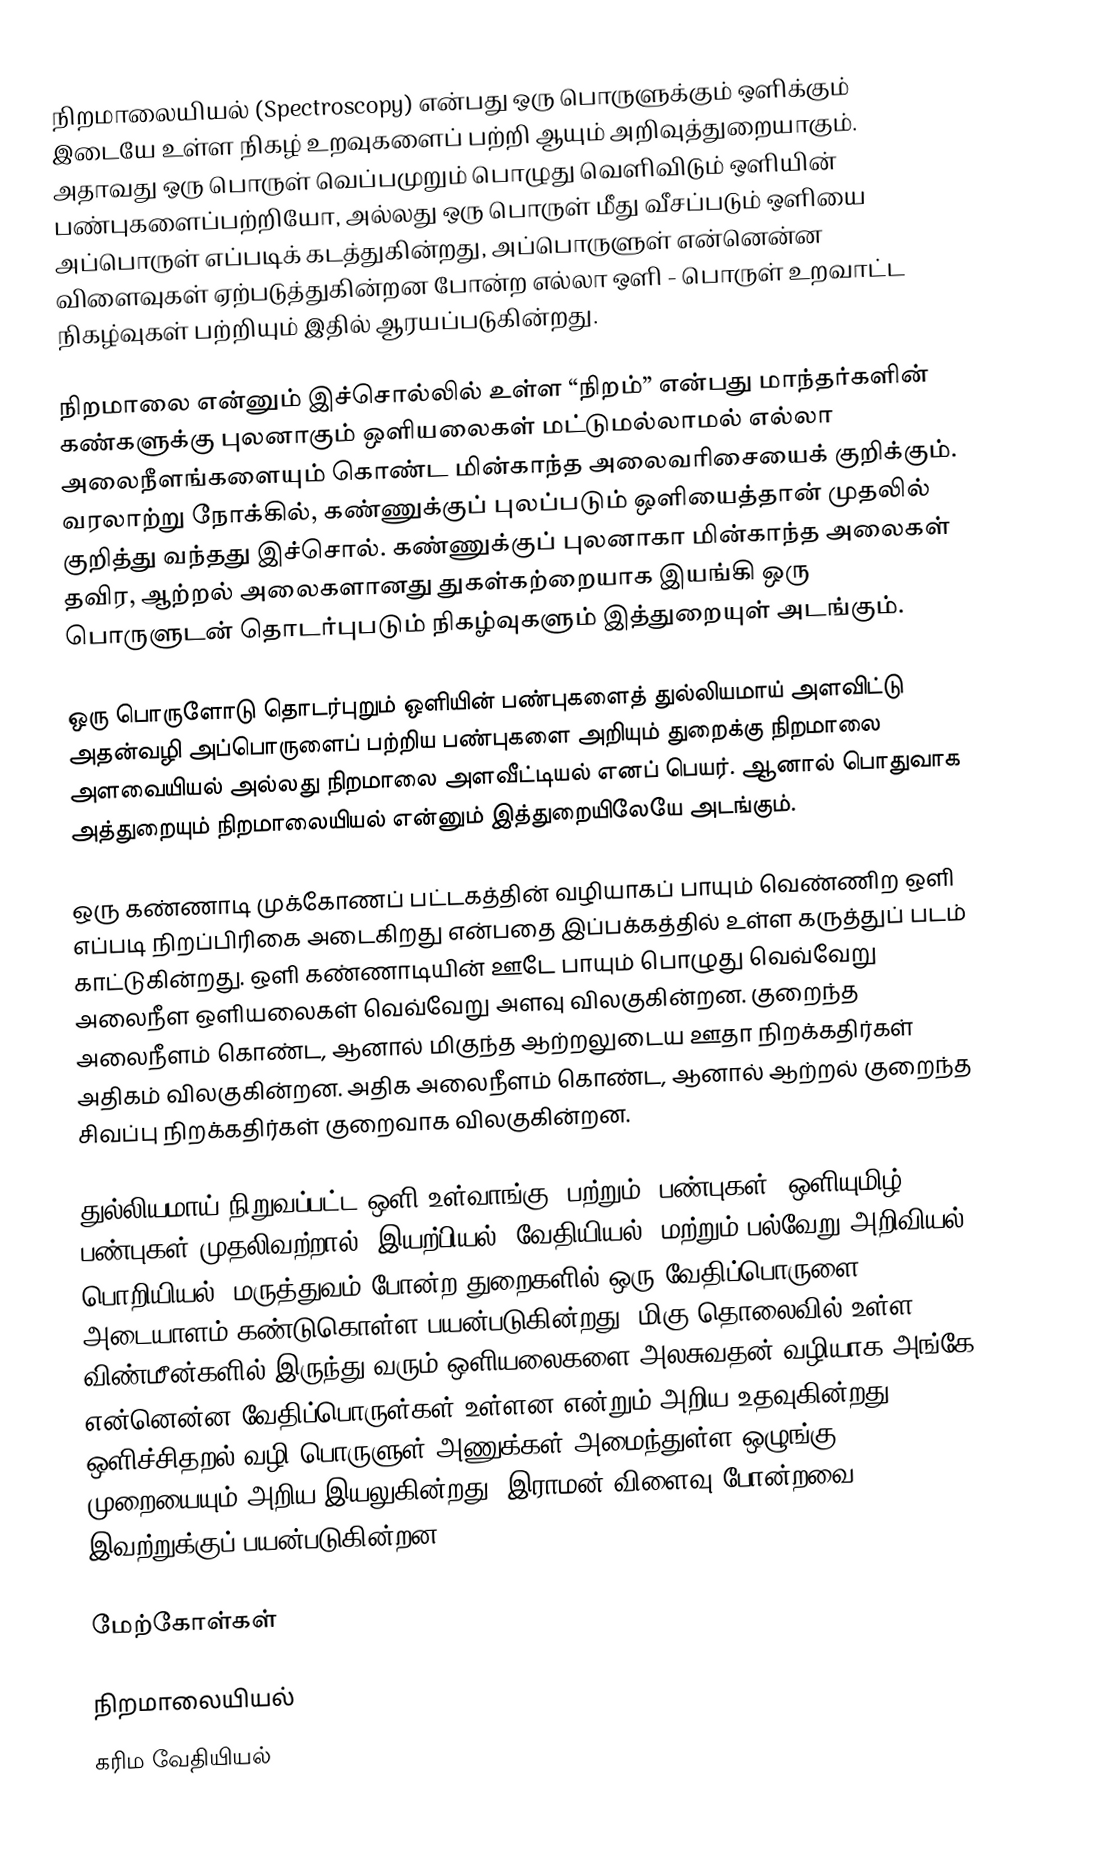
நிறமாலையியல் (Spectroscopy) என்பது ஒரு பொருளுக்கும் ஒளிக்கும் இடையே உள்ள நிகழ் உறவுகளைப் பற்றி ஆயும் அறிவுத்துறையாகும். அதாவது ஒரு பொருள் வெப்பமுறும் பொழுது வெளிவிடும் ஒளியின் பண்புகளைப்பற்றியோ, அல்லது ஒரு பொருள் மீது வீசப்படும் ஒளியை அப்பொருள் எப்படிக் கடத்துகின்றது, அப்பொருளுள் என்னென்ன விளைவுகள் ஏற்படுத்துகின்றன போன்ற எல்லா ஒளி - பொருள் உறவாட்ட நிகழ்வுகள் பற்றியும் இதில் ஆரயப்படுகின்றது.

நிறமாலை என்னும் இச்சொல்லில் உள்ள “நிறம்” என்பது மாந்தர்களின் கண்களுக்கு புலனாகும் ஒளியலைகள் மட்டுமல்லாமல் எல்லா அலைநீளங்களையும் கொண்ட மின்காந்த அலைவரிசையைக் குறிக்கும். வரலாற்று நோக்கில், கண்ணுக்குப் புலப்படும் ஒளியைத்தான் முதலில் குறித்து வந்தது இச்சொல். கண்ணுக்குப் புலனாகா மின்காந்த அலைகள் தவிர, ஆற்றல் அலைகளானது துகள்கற்றையாக இயங்கி ஒரு பொருளுடன் தொடர்புபடும் நிகழ்வுகளும் இத்துறையுள் அடங்கும்.

ஒரு பொருளோடு தொடர்புறும் ஒளியின் பண்புகளைத் துல்லியமாய் அளவிட்டு அதன்வழி அப்பொருளைப் பற்றிய பண்புகளை அறியும் துறைக்கு நிறமாலை அளவையியல் அல்லது நிறமாலை அளவீட்டியல் எனப் பெயர். ஆனால் பொதுவாக அத்துறையும் நிறமாலையியல் என்னும் இத்துறையிலேயே அடங்கும்.

ஒரு கண்ணாடி முக்கோணப் பட்டகத்தின் வழியாகப் பாயும் வெண்ணிற ஒளி எப்படி நிறப்பிரிகை அடைகிறது என்பதை இப்பக்கத்தில் உள்ள கருத்துப் படம் காட்டுகின்றது. ஒளி கண்ணாடியின் ஊடே பாயும் பொழுது வெவ்வேறு அலைநீள ஒளியலைகள் வெவ்வேறு அளவு விலகுகின்றன. குறைந்த அலைநீளம் கொண்ட, ஆனால் மிகுந்த ஆற்றலுடைய ஊதா நிறக்கதிர்கள் அதிகம் விலகுகின்றன. அதிக அலைநீளம் கொண்ட, ஆனால் ஆற்றல் குறைந்த சிவப்பு நிறக்கதிர்கள் குறைவாக விலகுகின்றன.

துல்லியமாய் நிறுவப்பட்ட ஒளி உள்வாங்கு (பற்றும்) பண்புகள், ஒளியுமிழ் பண்புகள் முதலிவற்றால், இயற்பியல், வேதியியல், மற்றும் பல்வேறு அறிவியல், பொறியியல், மருத்துவம் போன்ற துறைகளில் ஒரு வேதிப்பொருளை அடையாளம் கண்டுகொள்ள பயன்படுகின்றது. மிகு தொலைவில் உள்ள விண்மீன்களில் இருந்து வரும் ஒளியலைகளை அலசுவதன் வழியாக அங்கே என்னென்ன வேதிப்பொருள்கள் உள்ளன என்றும் அறிய உதவுகின்றது. ஒளிச்சிதறல் வழி பொருளுள் அணுக்கள் அமைந்துள்ள ஒழுங்கு முறையையும் அறிய இயலுகின்றது. இராமன் விளைவு போன்றவை இவற்றுக்குப் பயன்படுகின்றன.

மேற்கோள்கள்

நிறமாலையியல்
கரிம வேதியியல்